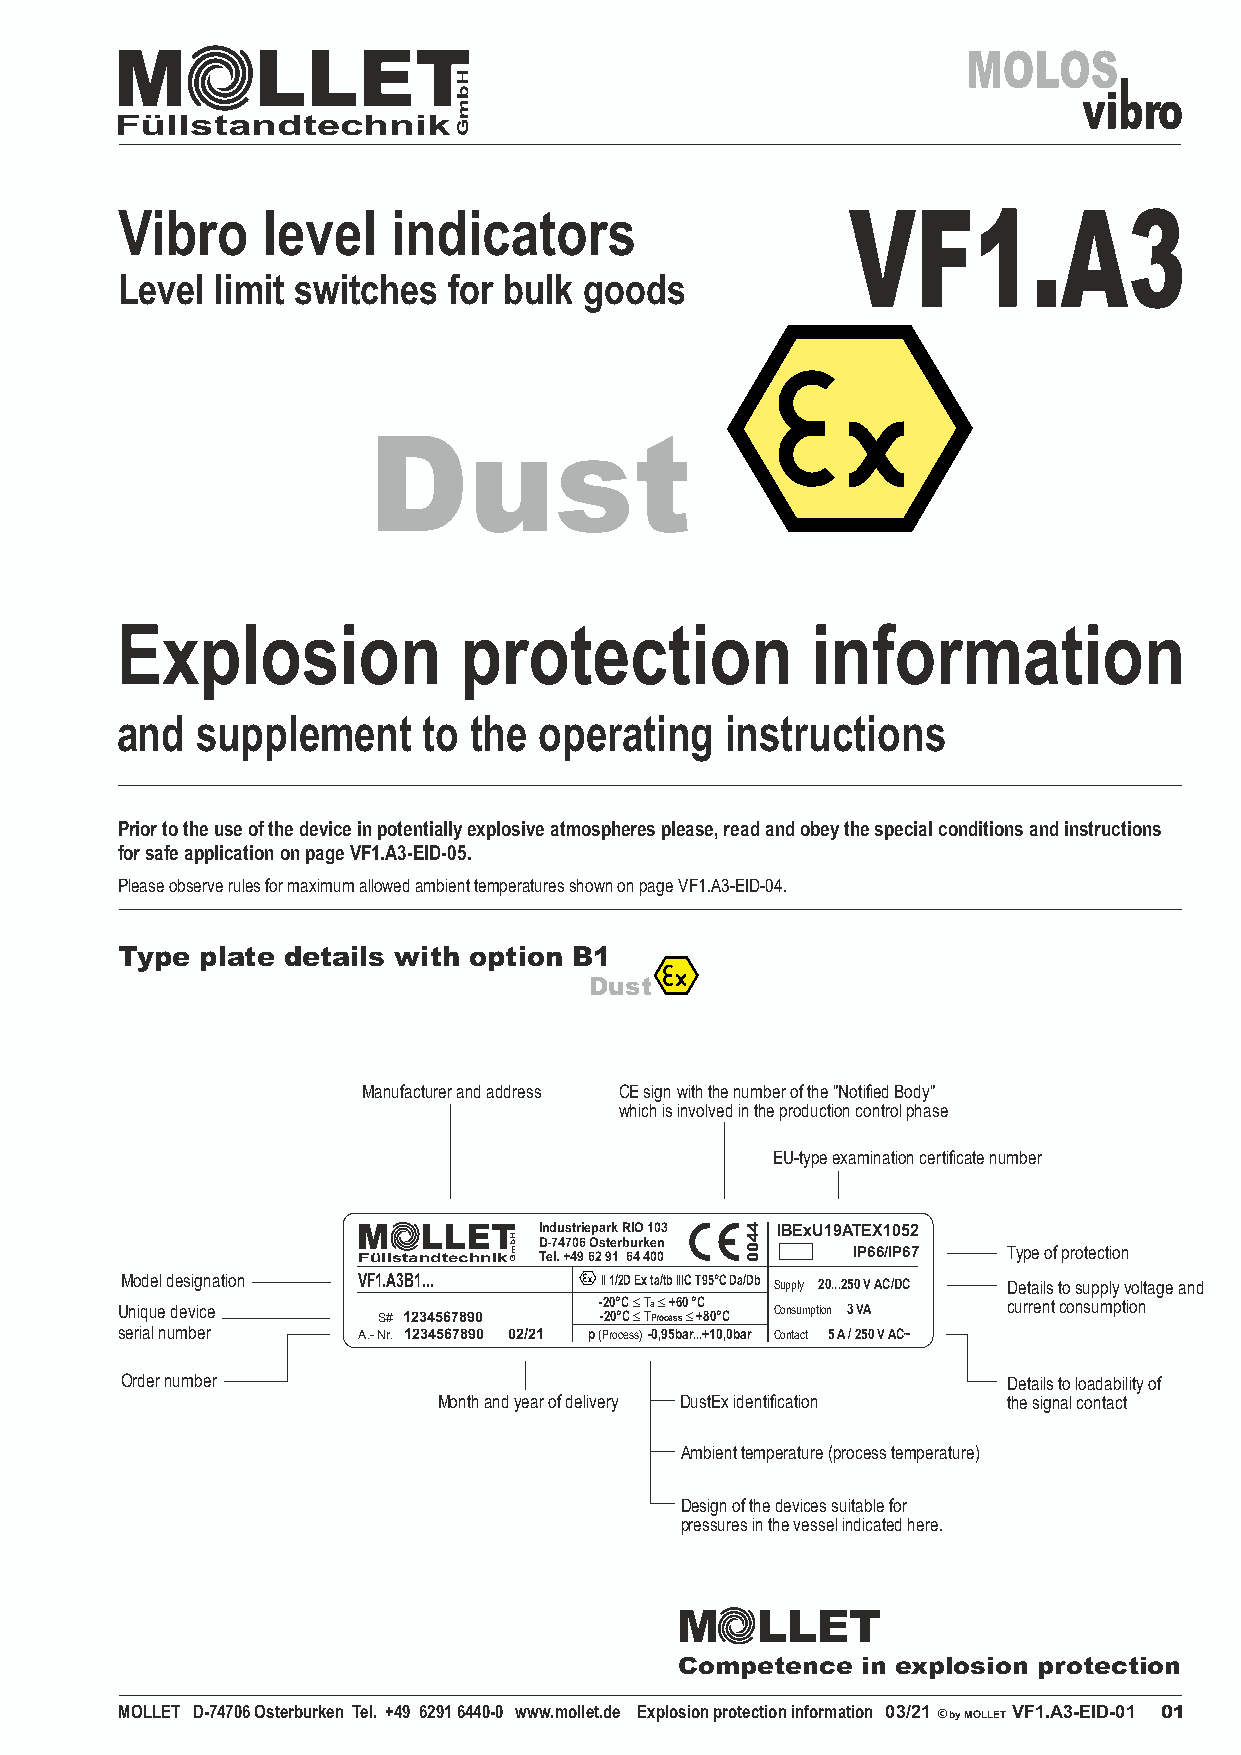
M         LLET
 Füllstandtechnik
 Vibro    level    indicators                    VF1.A3
 Level limit switches  for bulk goods
 Dust
 Explosion             protection              information
 and  supplement     to the  operating   instructions
 Prior to the use of the device in potentially explosive atmospheres please, read and obey the special conditions and instructions
 for safe application on page VF1.A3-EID-05.
 Please observe rules for maximum allowed ambient temperatures shown on page VF1.A3-EID-04.
 Type plate details with option B1
 Dust
 Manufacturer and address CE sign with the number of the "Notified Body"
 which is involved in the production control phase
 EU-type examination certificate number
 M   LLET    Industriepark RIO 103 IBExU19ATEX1052
 D-74706 Osterburken
 Füllstandtechnik Tel. +49 62 91 64 400 IP66/IP67 Type of protection
 Model designation VF1.A3B1... WII 1/2D Ex ta/tb IIIC T95°C Da/Db Supply 20...250 V AC/DC Details to supply voltage and
 Unique device    S# 1234567890  - -2 20 0° °C C € € T Ta P r€ oc + es6 s0 € ° +C 80°C Consumption 3 VA current consumption
 serial number   A.- Nr. 1234567890 02/21 p (Process) -0,95bar...+10,0bar Contact 5 A / 250 V AC~
 Order number                                               Details to loadability of
 Month and year of delivery DustEx identification the signal contact
 Ambient temperature (process temperature)
 Design of the devices suitable for
 pressures in the vessel indicated here.
 M    LLET
 Competence  in explosion protection
 MOLLET D-74706 Osterburken Tel. +49 6291 6440-0 www.mollet.de Explosion protection information 03/21 © by MOLLET VF1.A3-EID-01 01
 HbmG
 HbmG
 4400